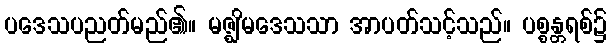
ပဒေသပညတ်မည်၏။ မဇ္ဈိမဒေသသာ အာပတ်သင့်သည်။ ပစ္စန္တရစ်၌